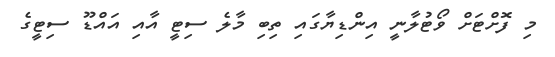
މި ފޮށްޓަށް ވޯޓުލާނީ އިންޑިޔާގައި ތިބި މާލެ ސިޓީ އާއި އައްޑޫ ސިޓީގެ